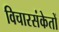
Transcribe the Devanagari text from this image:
विचारसंकेतों